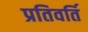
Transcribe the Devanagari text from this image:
प्रतिवर्ति